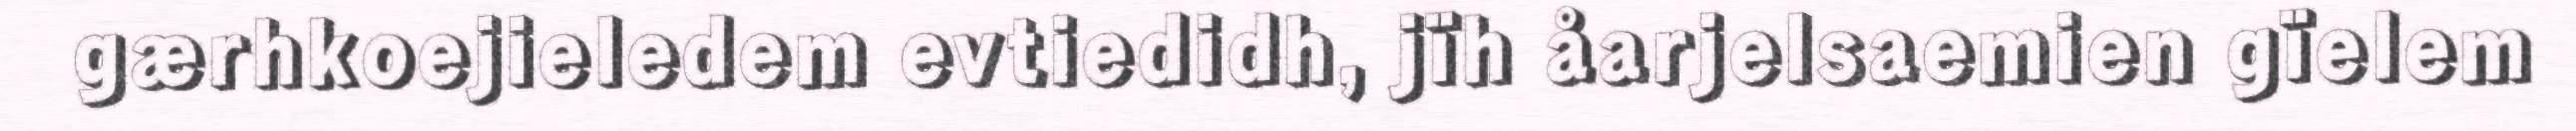
gærhkoejieledem evtiedidh, jïh åarjelsaemien gïelem